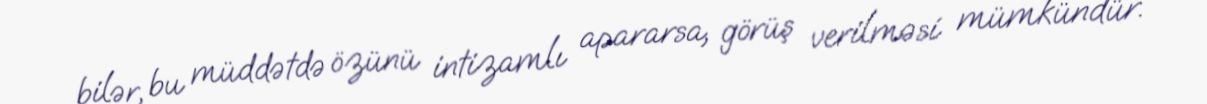
bilər, bu müddətdə özünü intizamlı apararsa, görüş verilməsi mümkündür.